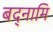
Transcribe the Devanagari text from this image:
बद्नामि